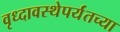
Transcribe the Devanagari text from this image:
वृध्दावस्थेपर्यंतच्या